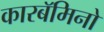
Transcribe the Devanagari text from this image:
कारबॅमिनो